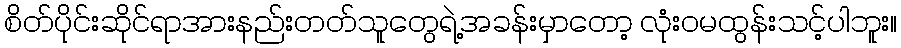
စိတ်ပိုင်းဆိုင်ရာအားနည်းတတ်သူတွေရဲ့အခန်းမှာတော့ လုံးဝမထွန်းသင့်ပါဘူး။